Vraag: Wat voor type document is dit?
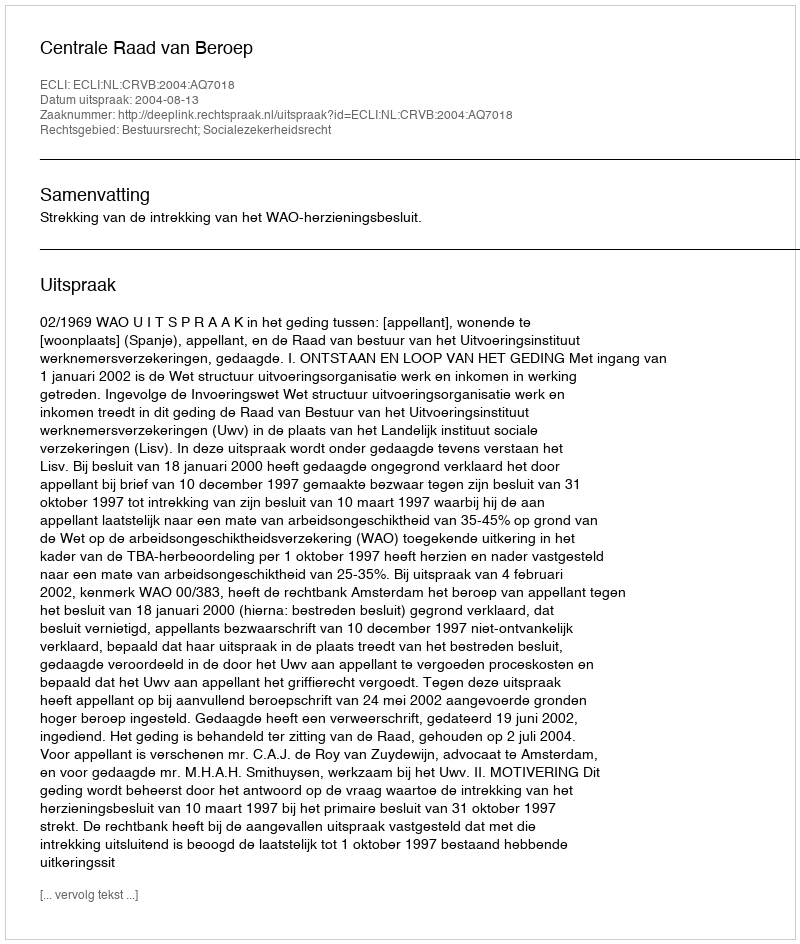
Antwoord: Uitspraak